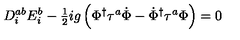
D _ { i } ^ { a b } E _ { i } ^ { b } - { \textstyle { \frac { 1 } { 2 } } } i g \left( \Phi ^ { \dagger } \tau ^ { a } \dot { \Phi } - \dot { \Phi } ^ { \dagger } \tau ^ { a } \Phi \right) = 0